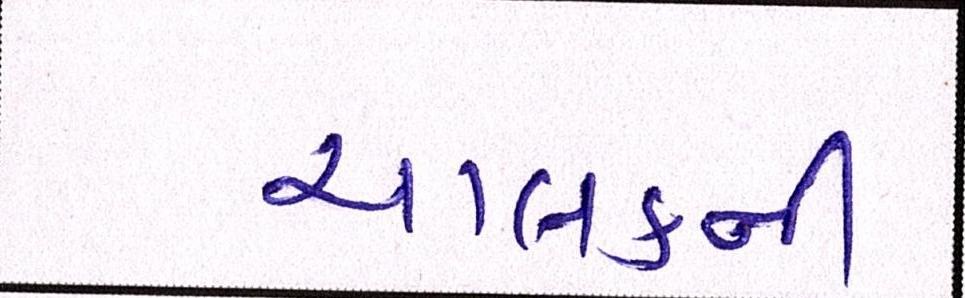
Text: ચાલકની